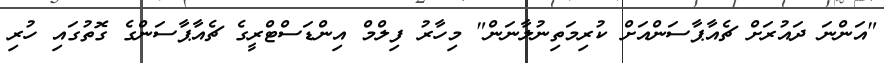
"އަންނަ ދައުރަށް ޗެއާޕާސަންއަށް ކުރިމަތިނުލާނަން" މިހާރު ފިލްމް އިންޑަސްޓްރީގެ ޗެއާޕާސަންގެ ގޮތުގައި ހުރި